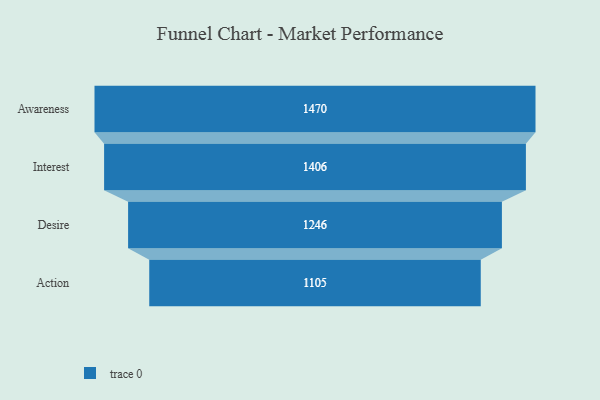
{"axis": {"x": "Stage", "y": "Value"}, "legend": [""], "data": [{"x": "Awareness", "y": 1470.0, "type": ""}, {"x": "Interest", "y": 1406.0, "type": ""}, {"x": "Desire", "y": 1246.0, "type": ""}, {"x": "Action", "y": 1105.0, "type": ""}]}